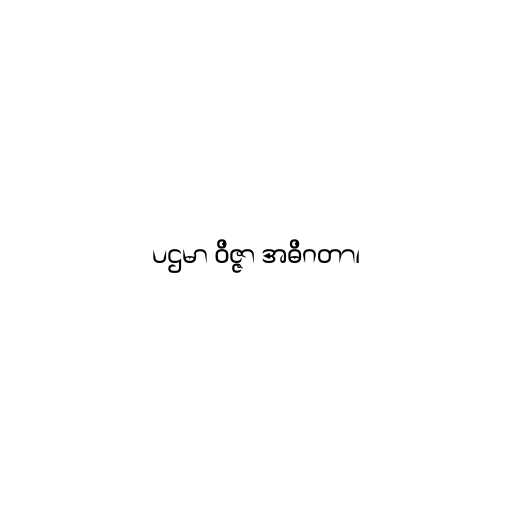
ပဌမာ ဝိဇ္ဇာ အဓိဂတာ၊